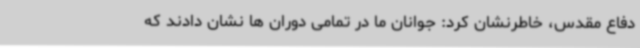
دفاع مقدس، خاطرنشان کرد: جوانان ما در تمامی دوران ها نشان دادند که